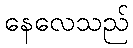
နေလေသည်